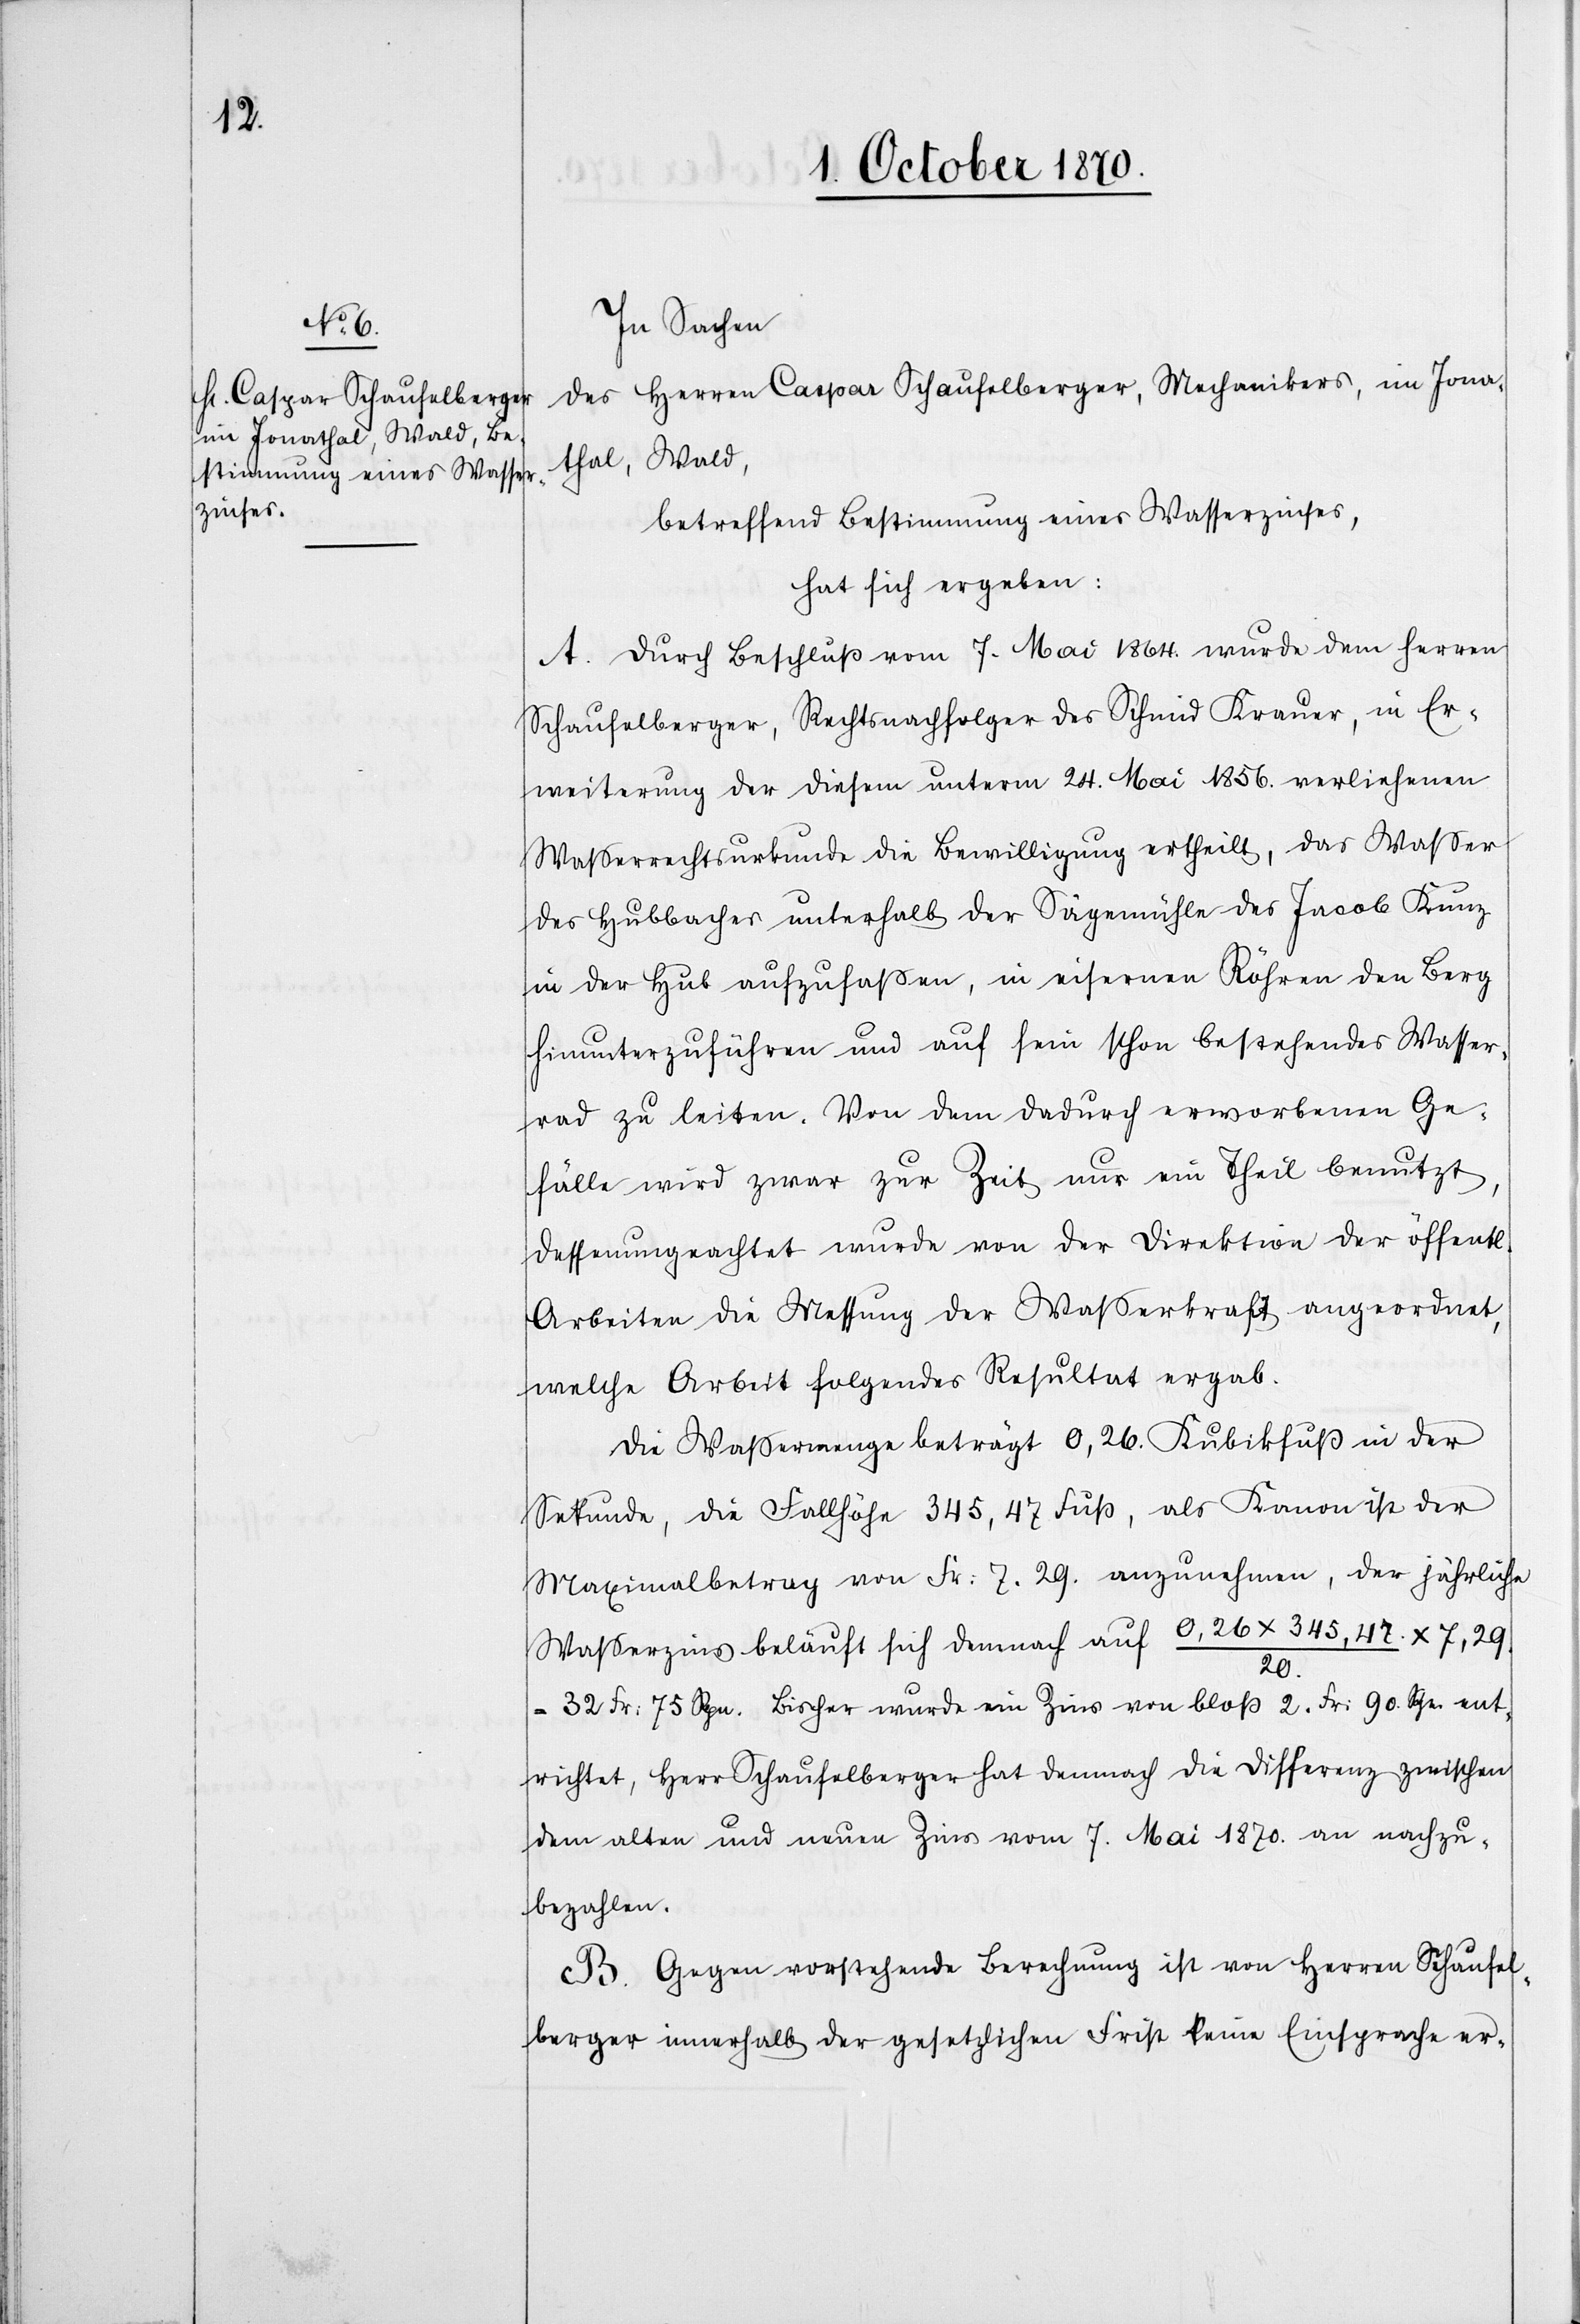
In Sachen
des Herren Caspar Schaufelberger, Mechaniker, im Jona¬
thal, Wald,
betreffend Bestimmung eines Wasserzinses,
hat sich ergeben:
A. Durch Beschluß vom 7. Mai 1864 wurde dem Herren
Schaufelberger, Rechtsnachfolger des Schmid Krauer, in Er¬
weiterung der diesem unterm 24. Mai 1856 verliehenen
Wasserrechtsurkunde die Bewilligung ertheilt, das Wasser
des Hubbaches unterhalb der Sägemühle des Jacob Kunz
in der Hub aufzufassen, in eisernen Röhren den Berg
hinunterzuführen und auf sein schon bestehendes Wasser¬
rad zu leiten. Von dem dadurch erworbenen Ge¬
fälle wird zwar zur Zeit nur ein Theil benutzt,
dessen ungeachtet wurde von der Direktion der öffentl.
Arbeiten die Messung der Wasserkraft angeordnet,
welche Arbeit folgendes Resultat ergab.
Die Waßermenge beträgt 0,26 Kubikfuß in der
Sekunde, die Fallhöhe 345,47 Fuß, als Kanon ist der
Maximalbetrag von Fr: 7.29 anzunehmen, der jährliche
Waßerzins beläuft sich demnach auf 0,26 x 345,47 / 20 x 7,29
– 32 Fr. 75 Rp. Bisher wurde ein Zins von bloß 2 Fr. 90 Rp. ent¬
richtet, Herr Schaufelberger hat demnach die Differenz zwischen
dem alten und neuen Zins vom 7. Mai 1870 an nachzu¬
bezahlen.
B. Gegen vorstehende Berechnung ist von Herren Schaufel¬
berger innerhalb der gesetzlichen Frist keine Einsprache er-